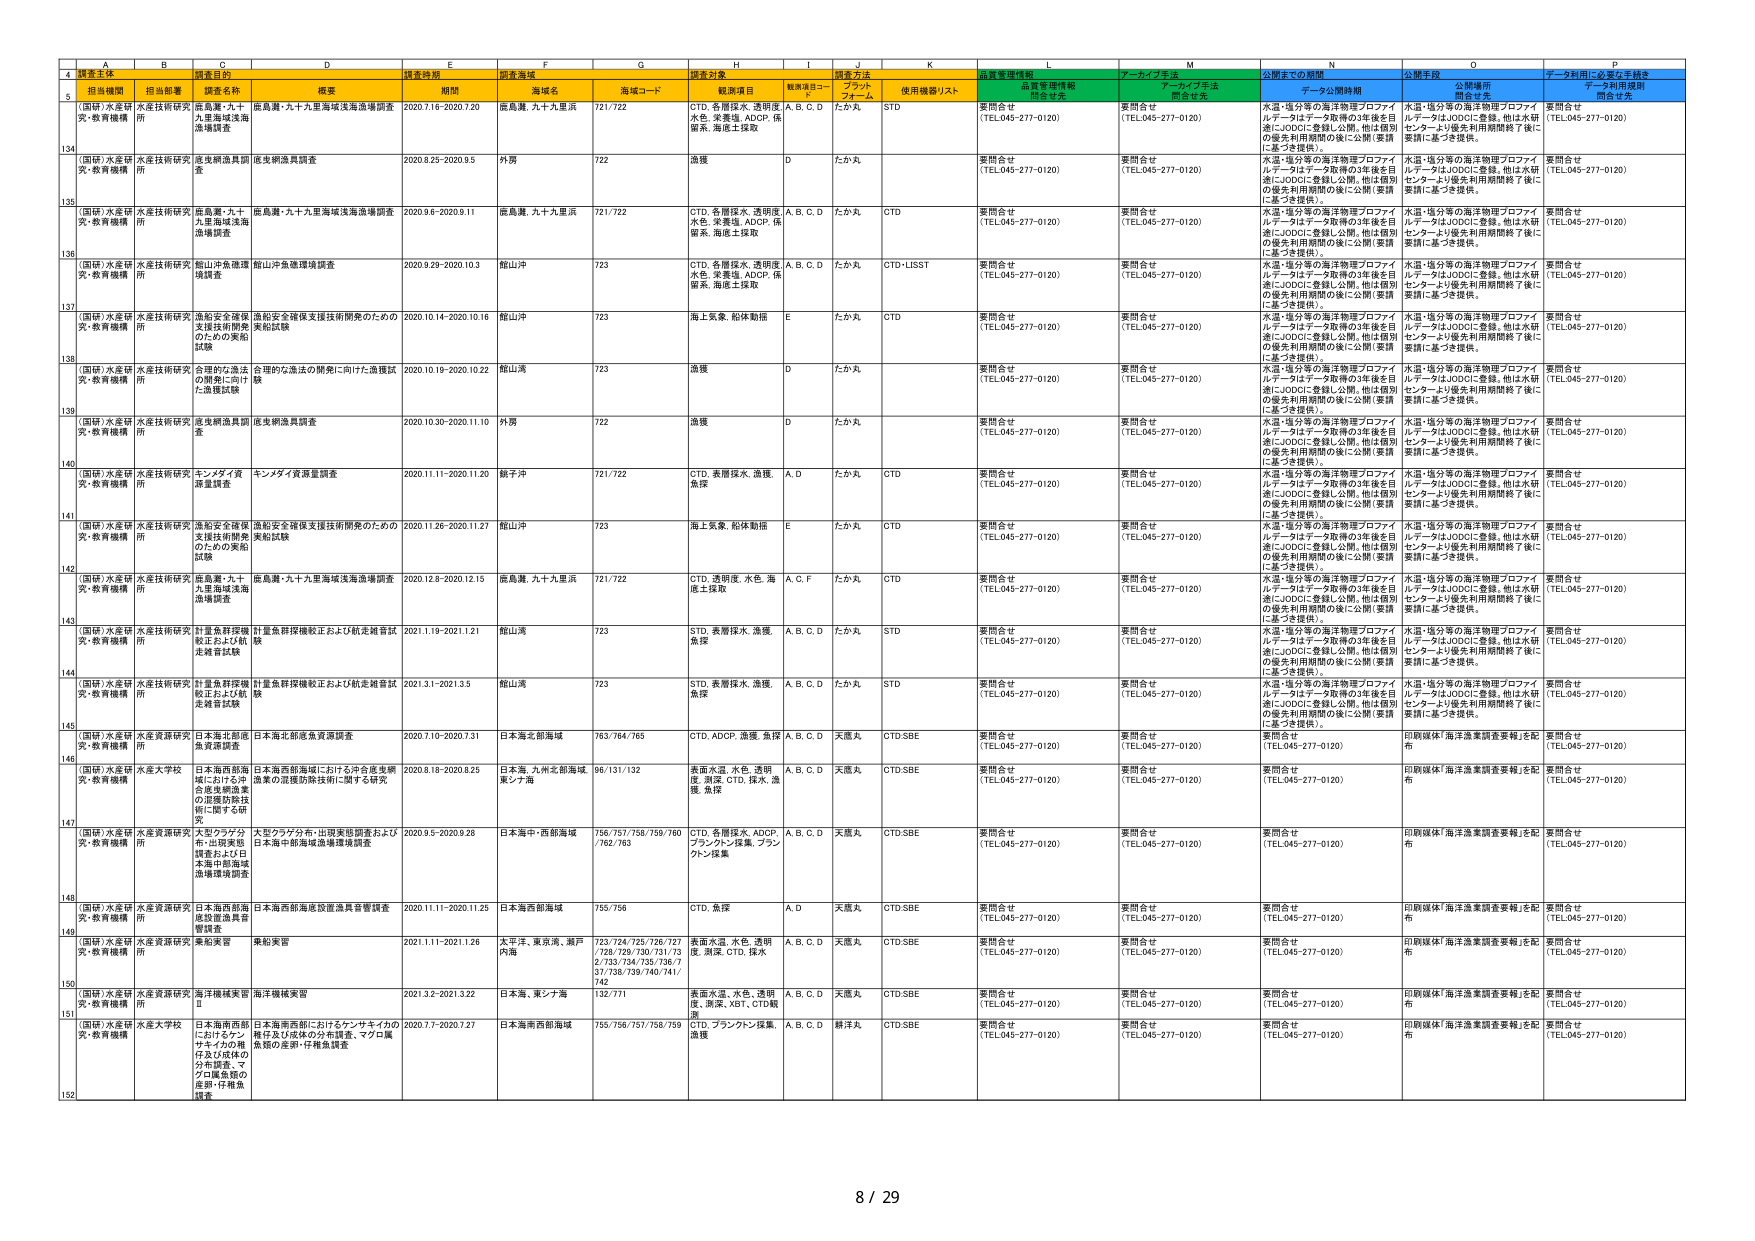
A
B
C
D
E
F
G
H
I
J
K
L
M
N
O
P
4
調査主体
担当部署
調査目的
調査時期
調査海域
調査対象
調査方法
品質管理情報
アーカイブ手法
公開までの期間
公開手段
データ利用に必要な手続き
5
担当機関
担当部署
調査名称
概要
期間
海域名
海域コード
観測項目
観測項目コード
プラットフォーム
使用機器/リスト
品質管理情報開示有无
アーカイブ手法開示有无
データ公開時期
公開場所開示有无
データ利用規程開示有无
134
(国研)水産研 究・教育機構
水産技術研究所
鹿島灘・九十九里海域浅海漁場調査
鹿島灘・九十九里海域浅海漁場調査
2020.7.16-2020.7.20
鹿島灘、九十九里浜
721/722
CTD、各層採水、透明度、水色、栄養塩、ADCP、係留系、海底土採取
A、B、C、D
たか丸
STD
要問合せ (TEL.045-277-0120)
要問合せ (TEL.045-277-0120)
水温・塩分等の海洋物理プロファイ ルデータはデータ取得の3年後を目 指しJODCに登録し公開。他は個別 の優先利用期間の後に公開（要請 に基づき提供）。
水温・塩分等の海洋物理プロファイ ルデータはJODCに登録。他は水研 センターより優先利用期間終了後に 要請に基づき提供。
要問合せ (TEL.045-277-0120)
135
(国研)水産研 究・教育機構
水産技術研究所
底生網漁具調査
底生網漁具調査
2020.8.25-2020.9.5
外房
722
漁獲
D
たか丸
要問合せ (TEL.045-277-0120)
要問合せ (TEL.045-277-0120)
水温・塩分等の海洋物理プロファイ ルデータはデータ取得の3年後を目 指しJODCに登録し公開。他は個別 の優先利用期間の後に公開（要請 に基づき提供）。
水温・塩分等の海洋物理プロファイ ルデータはJODCに登録。他は水研 センターより優先利用期間終了後に 要請に基づき提供。
要問合せ (TEL.045-277-0120)
136
(国研)水産研 究・教育機構
水産技術研究所
鹿島灘・九十九里海域浅海漁場調査
鹿島灘・九十九里海域浅海漁場調査
2020.9.6-2020.9.11
鹿島灘、九十九里浜
721/722
CTD、各層採水、透明度、水色、栄養塩、ADCP、係留系、海底土採取
A、B、C、D
たか丸
CTD
要問合せ (TEL.045-277-0120)
要問合せ (TEL.045-277-0120)
水温・塩分等の海洋物理プロファイ ルデータはデータ取得の3年後を目 指しJODCに登録し公開。他は個別 の優先利用期間の後に公開（要請 に基づき提供）。
水温・塩分等の海洋物理プロファイ ルデータはJODCに登録。他は水研 センターより優先利用期間終了後に 要請に基づき提供。
要問合せ (TEL.045-277-0120)
137
(国研)水産研 究・教育機構
水産技術研究所
館山沖魚礁環境 調査
館山沖魚礁環境調査
2020.9.29-2020.10.3
館山沖
723
CTD、各層採水、透明度、水色、栄養塩、ADCP、係留系、海底土採取
A、B、C、D
たか丸
CTD-LISST
要問合せ (TEL.045-277-0120)
要問合せ (TEL.045-277-0120)
水温・塩分等の海洋物理プロファイ ルデータはデータ取得の3年後を目 指しJODCに登録し公開。他は個別 の優先利用期間の後に公開（要請 に基づき提供）。
水温・塩分等の海洋物理プロファイ ルデータはJODCに登録。他は水研 センターより優先利用期間終了後に 要請に基づき提供。
要問合せ (TEL.045-277-0120)
138
(国研)水産研 究・教育機構
水産技術研究所
漁船安全確保 支援技術開発 実船試験
漁船安全確保支援技術開発のための 実船試験
2020.10.14-2020.10.16
館山沖
723
海上気象、船体動態
E
たか丸
CTD
要問合せ (TEL.045-277-0120)
要問合せ (TEL.045-277-0120)
水温・塩分等の海洋物理プロファイ ルデータはデータ取得の3年後を目 指しJODCに登録し公開。他は個別 の優先利用期間の後に公開（要請 に基づき提供）。
水温・塩分等の海洋物理プロファイ ルデータはJODCに登録。他は水研 センターより優先利用期間終了後に 要請に基づき提供。
要問合せ (TEL.045-277-0120)
139
(国研)水産研 究・教育機構
水産技術研究所
合理的な漁法 の開発に向け た漁獲試験
合理的な漁法の開発に向けた漁獲試 験
2020.10.19-2020.10.22
館山湾
723
漁獲
D
たか丸
要問合せ (TEL.045-277-0120)
要問合せ (TEL.045-277-0120)
水温・塩分等の海洋物理プロファイ ルデータはデータ取得の3年後を目 指しJODCに登録し公開。他は個別 の優先利用期間の後に公開（要請 に基づき提供）。
水温・塩分等の海洋物理プロファイ ルデータはJODCに登録。他は水研 センターより優先利用期間終了後に 要請に基づき提供。
要問合せ (TEL.045-277-0120)
140
(国研)水産研 究・教育機構
水産技術研究所
底生網漁具調 査
底生網漁具調査
2020.10.30-2020.11.10
外房
722
漁獲
D
たか丸
要問合せ (TEL.045-277-0120)
要問合せ (TEL.045-277-0120)
水温・塩分等の海洋物理プロファイ ルデータはデータ取得の3年後を目 指しJODCに登録し公開。他は個別 の優先利用期間の後に公開（要請 に基づき提供）。
水温・塩分等の海洋物理プロファイ ルデータはJODCに登録。他は水研 センターより優先利用期間終了後に 要請に基づき提供。
要問合せ (TEL.045-277-0120)
141
(国研)水産研 究・教育機構
水産技術研究所
キングタイガ 調査調査
キングタイガ資源量調査
2020.11.11-2020.11.20
鰺子沖
721/722
CTD、表層採水、漁獲、魚探
A、D
たか丸
CTD
要問合せ (TEL.045-277-0120)
要問合せ (TEL.045-277-0120)
水温・塩分等の海洋物理プロファイ ルデータはデータ取得の3年後を目 指しJODCに登録し公開。他は個別 の優先利用期間の後に公開（要請 に基づき提供）。
水温・塩分等の海洋物理プロファイ ルデータはJODCに登録。他は水研 センターより優先利用期間終了後に 要請に基づき提供。
要問合せ (TEL.045-277-0120)
142
(国研)水産研 究・教育機構
水産技術研究所
漁船安全確保 支援技術開発 実船試験
漁船安全確保支援技術開発のための 実船試験
2020.11.26-2020.11.27
館山沖
723
海上気象、船体動態
E
たか丸
CTD
要問合せ (TEL.045-277-0120)
要問合せ (TEL.045-277-0120)
水温・塩分等の海洋物理プロファイ ルデータはデータ取得の3年後を目 指しJODCに登録し公開。他は個別 の優先利用期間の後に公開（要請 に基づき提供）。
水温・塩分等の海洋物理プロファイ ルデータはJODCに登録。他は水研 センターより優先利用期間終了後に 要請に基づき提供。
要問合せ (TEL.045-277-0120)
143
(国研)水産研 究・教育機構
水産技術研究所
鹿島灘・九十九里海域浅海漁場調査
鹿島灘・九十九里海域浅海漁場調査
2020.12.8-2020.12.15
鹿島灘、九十九里浜
721/722
CTD、透明度、水色、海底土採取
A、C、F
たか丸
CTD
要問合せ (TEL.045-277-0120)
要問合せ (TEL.045-277-0120)
水温・塩分等の海洋物理プロファイ ルデータはデータ取得の3年後を目 指しJODCに登録し公開。他は個別 の優先利用期間の後に公開（要請 に基づき提供）。
水温・塩分等の海洋物理プロファイ ルデータはJODCに登録。他は水研 センターより優先利用期間終了後に 要請に基づき提供。
要問合せ (TEL.045-277-0120)
144
(国研)水産研 究・教育機構
水産技術研究所
計量魚群探検 航法および航 走推音試験
計量魚群探検航法および航走推音試 験
2021.1.19-2021.1.21
館山湾
723
STD、表層採水、漁獲、魚探
A、B、C、D
たか丸
STD
要問合せ (TEL.045-277-0120)
要問合せ (TEL.045-277-0120)
水温・塩分等の海洋物理プロファイ ルデータはデータ取得の3年後を目 指しJODCに登録し公開。他は個別 の優先利用期間の後に公開（要請 に基づき提供）。
水温・塩分等の海洋物理プロファイ ルデータはJODCに登録。他は水研 センターより優先利用期間終了後に 要請に基づき提供。
要問合せ (TEL.045-277-0120)
145
(国研)水産研 究・教育機構
水産技術研究所
計量魚群探検 航法および航 走推音試験
計量魚群探検航法および航走推音試 験
2021.3.1-2021.3.5
館山湾
723
STD、表層採水、漁獲、魚探
A、B、C、D
たか丸
STD
要問合せ (TEL.045-277-0120)
要問合せ (TEL.045-277-0120)
水温・塩分等の海洋物理プロファイ ルデータはデータ取得の3年後を目 指しJODCに登録し公開。他は個別 の優先利用期間の後に公開（要請 に基づき提供）。
水温・塩分等の海洋物理プロファイ ルデータはJODCに登録。他は水研 センターより優先利用期間終了後に 要請に基づき提供。
要問合せ (TEL.045-277-0120)
146
(国研)水産研 究・教育機構
水産資源研究所
日本海北部底 魚資源調査
日本海北部底魚資源調査
2020.7.10-2020.7.31
日本海北部海域
763/764/765
CTD、ADCP、漁獲、魚探
A、B、C、D
天麿丸
CTD-SBE
要問合せ (TEL.045-277-0120)
要問合せ (TEL.045-277-0120)
要問合せ (TEL.045-277-0120)
印刷媒体「海洋漁業調査要報」を配 布
要問合せ (TEL.045-277-0120)
147
(国研)水産研 究・教育機構
水産大学校
日本海西部海 域における中 合度曳網漁業 の混獲防除技 術に関する研 究
日本海西部海域における沖合底曳網 漁業の混獲防除技術に関する研究
2020.8.18-2020.8.25
日本海、九州北部海域、東シナ海
96/131/132
表面水温、水色、透明度、測深、CTD、採水、漁獲、魚探
A、B、C、D
天麿丸
CTD-SBE
要問合せ (TEL.045-277-0120)
要問合せ (TEL.045-277-0120)
要問合せ (TEL.045-277-0120)
印刷媒体「海洋漁業調査要報」を配 布
要問合せ (TEL.045-277-0120)
148
(国研)水産研 究・教育機構
水産資源研究所
大型クラゲ分 布・出没実態 調査および日 本海中部海域 漁場環境調査
大型クラゲ分布・出没実態調査および 日本海中部海域漁場環境調査
2020.9.5-2020.9.28
日本海中・西部海域
756/757/758/759/760 /762/763
CTD、各層採水、ADCP、プランクトン採集、プランクトン採集
A、B、C、D
天麿丸
CTD-SBE
要問合せ (TEL.045-277-0120)
要問合せ (TEL.045-277-0120)
要問合せ (TEL.045-277-0120)
印刷媒体「海洋漁業調査要報」を配 布
要問合せ (TEL.045-277-0120)
149
(国研)水産研 究・教育機構
水産資源研究所
日本海西部海 域投置漁具音 響調査
日本海西部海底設置漁具音響調査
2020.11.11-2020.11.25
日本海西部海域
755/756
CTD、魚探
A、D
天麿丸
CTD-SBE
要問合せ (TEL.045-277-0120)
要問合せ (TEL.045-277-0120)
要問合せ (TEL.045-277-0120)
印刷媒体「海洋漁業調査要報」を配 布
要問合せ (TEL.045-277-0120)
150
(国研)水産研 究・教育機構
水産資源研究所
乗船実習
乗船実習
2021.1.11-2021.1.26
太平洋、東京湾、瀬戸内海
723/724/725/726/727 /728/729/730/731/73 2/733/734/735/736/7 37/738/739/740/741/ 742
表面水温、水色、透明度、測深、CTD、採水
A、B、C、D
天麿丸
CTD-SBE
要問合せ (TEL.045-277-0120)
要問合せ (TEL.045-277-0120)
要問合せ (TEL.045-277-0120)
印刷媒体「海洋漁業調査要報」を配 布
要問合せ (TEL.045-277-0120)
151
(国研)水産研 究・教育機構
水産資源研究所
海洋機械実習 Ⅱ
海洋機械実習
2021.3.2-2021.3.22
日本海、東シナ海
132/771
表面水温、水色、透明度、測深、XBT、CTD観測
A、B、C、D
天麿丸
CTD-SBE
要問合せ (TEL.045-277-0120)
要問合せ (TEL.045-277-0120)
要問合せ (TEL.045-277-0120)
印刷媒体「海洋漁業調査要報」を配 布
要問合せ (TEL.045-277-0120)
152
(国研)水産研 究・教育機構
水産大学校
日本海西部部 におけるシナ サイカの種 仔及び成体の 分布調査、マ クロ属魚類の 産卵・仔稚魚 調査
日本海西部におけるケンサイカの 種仔及び成体の分布調査、マクロ属 魚類の産卵・仔稚魚調査
2020.7.7-2020.7.27
日本海南部海域
755/756/757/758/759
CTD、プランクトン採集、漁獲
A、B、C、D
鮮洋丸
CTD-SBE
要問合せ (TEL.045-277-0120)
要問合せ (TEL.045-277-0120)
要問合せ (TEL.045-277-0120)
印刷媒体「海洋漁業調査要報」を配 布
要問合せ (TEL.045-277-0120)
8 / 29